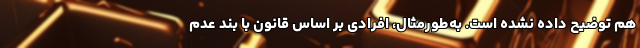
هم توضیح داده نشده است. به‌طورمثال، افرادی بر اساس قانون با بند عدم